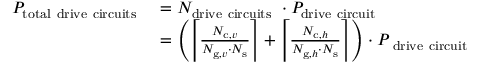
\begin{array} { r l } { P _ { \mathrm { t o t a l ~ d r i v e ~ c i r c u i t s ~ } } } & { = N _ { \mathrm { d r i v e ~ c i r c u i t s ~ } } \cdot P _ { \mathrm { d r i v e ~ c i r c u i t ~ } } } \\ & { = \left( \left\lceil \frac { N _ { \mathrm { c } , v } } { N _ { \mathrm { g } , v } \cdot N _ { \mathrm { s } } } \right\rceil + \left\lceil \frac { N _ { \mathrm { c } , h } } { N _ { \mathrm { g } , h } \cdot N _ { \mathrm { s } } } \right\rceil \right) \cdot P _ { \mathrm { ~ d r i v e ~ c i r c u i t ~ } } } \end{array}